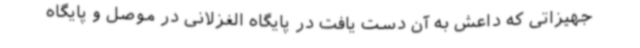
جهیزاتی که داعش به آن دست یافت در پایگاه الغزلانی در موصل و پایگاه